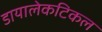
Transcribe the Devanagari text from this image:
डायालेकटिकल